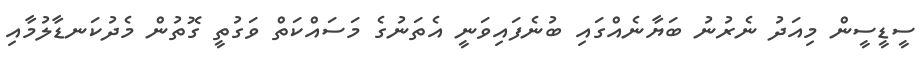
ސީޑީސީން މިއަދު ނެރުނު ބަޔާނެއްގައި ބުނެފައިވަނީ އެތަނުގެ މަސައްކަތް ވަގުތީ ގޮތުން މެދުކަނޑާލުމާއި